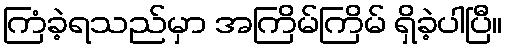
ကြံခဲ့ရသည်မှာ အကြိမ်ကြိမ် ရှိခဲ့ပါပြီ။